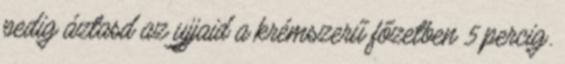
pedig áztasd az ujjaid a krémszerű főzetben 5 percig.